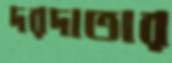
দরদাতার